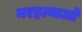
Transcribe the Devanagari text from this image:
नरहत्याओं